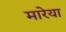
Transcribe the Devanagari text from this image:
मारेया